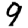
Digit: 9